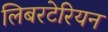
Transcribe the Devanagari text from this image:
लिबरटेरियन